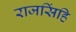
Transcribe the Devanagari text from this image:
राजसिंहि